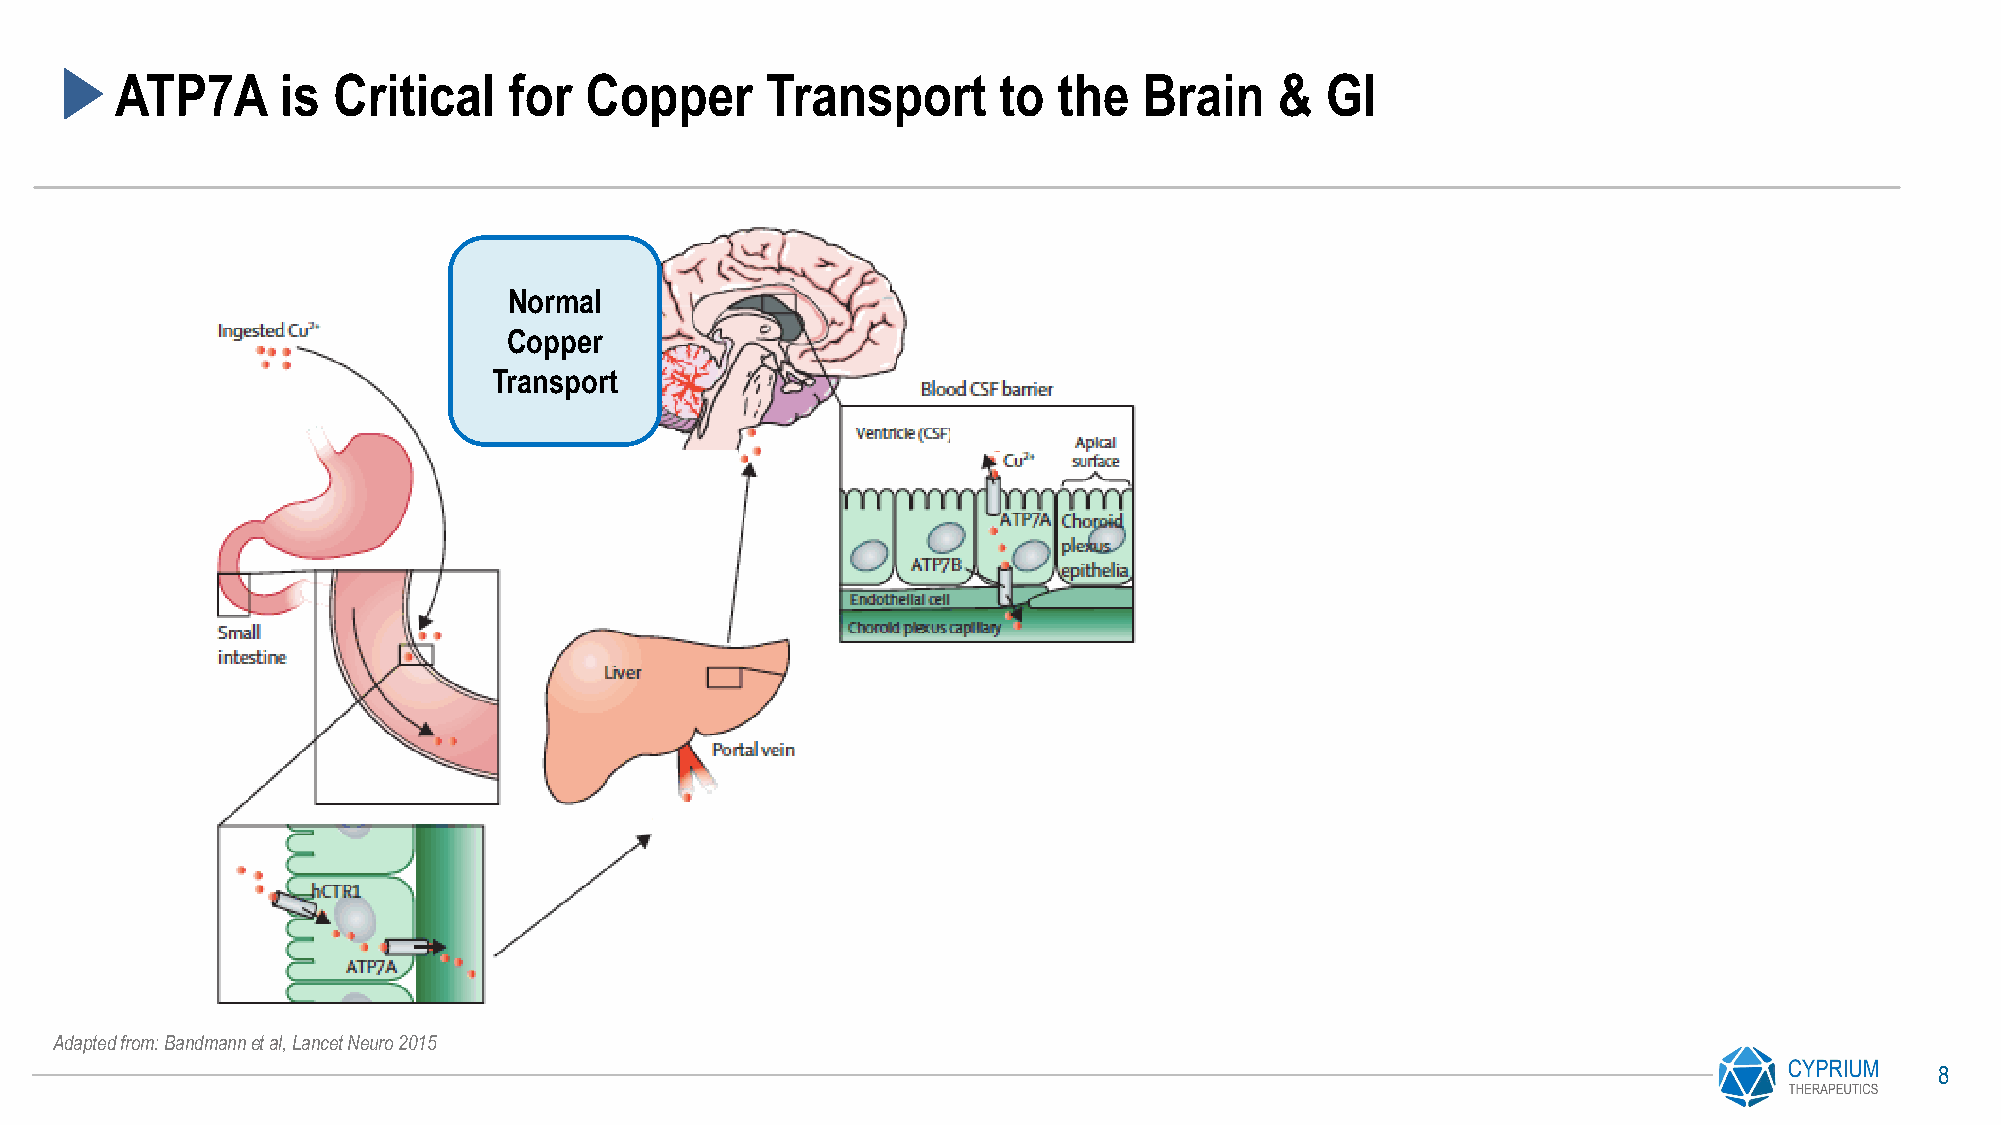
ATP7A      is Critical    for  Copper      Transport      to  the   Brain    &  GI
 Normal
 Copper
 Transport
 D
 D
 D
 D
 Adapted from: Bandmannet al, Lancet Neuro 2015
 8